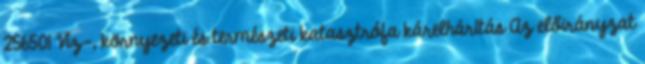
256501 Víz-, környezeti és természeti katasztrófa kárelhárítás Az előirányzat